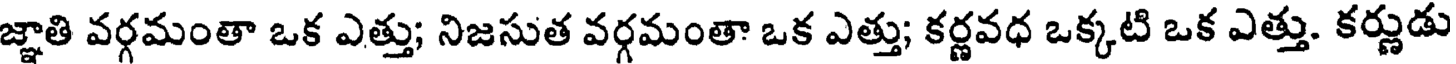
జ్ఞాతి వర్గమంతా ఒక ఎత్తు; నిజసుత వర్గమంతా ఒక ఎత్తు; కర్ణవధ ఒక్కటి ఒక ఎత్తు. కర్ణుడు